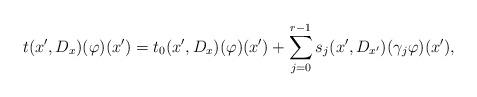
LaTeX: \begin{align*} {t}(x',D_x)(\varphi)(x')={t}_0(x',D_x)(\varphi)(x')+\sum_{j=0}^{r-1}s_j(x',D_{x'})(\gamma_j\varphi)(x'),\end{align*}